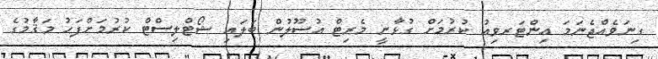
ގިނަވެއްޖެނަމަ އިންޓަރވިއު ކުރުމަށް ގުޅާނީ މެރިޓް އުސޫލުން ބަލައި ޝޯޓްލިސްޓް ކުރުމަށްފަހު މަޤާމުގެ